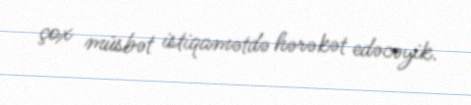
çox müsbət istiqamətdə hərəkət edəcəyik.